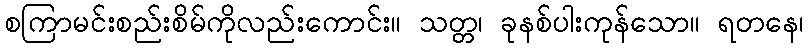
စကြာမင်းစည်းစိမ်ကိုလည်းကောင်း။ သတ္တ၊ ခုနစ်ပါးကုန်သော။ ရတနေ၊